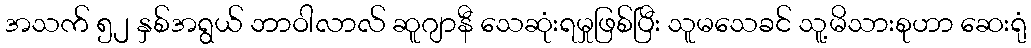
အသက် ၅၂ နှစ်အရွယ် ဘာဝါလာလ် ဆူဂျာနီ သေဆုံးရမှုဖြစ်ပြီး သူမသေခင် သူ့မိသားစုဟာ ဆေးရုံ